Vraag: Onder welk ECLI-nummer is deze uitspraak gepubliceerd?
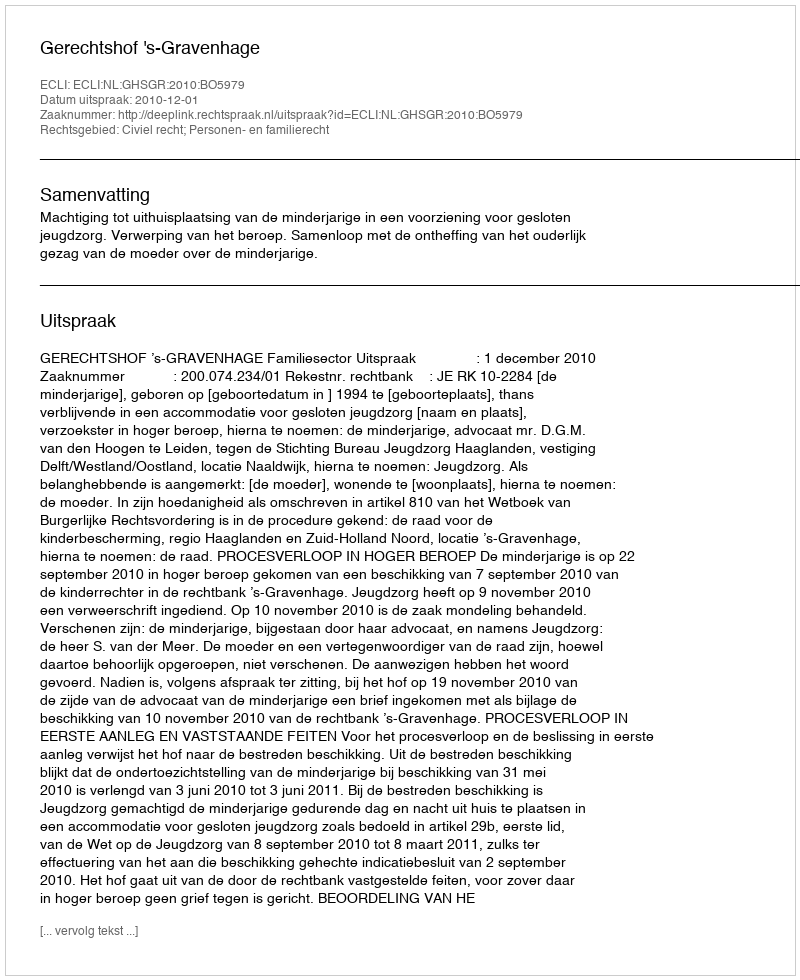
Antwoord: ECLI:NL:GHSGR:2010:BO5979